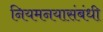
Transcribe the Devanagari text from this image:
नियमनयासंबंधी